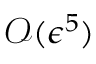
\mathcal { O } ( \epsilon ^ { 5 } )